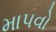
માપવો